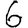
Digit: 6